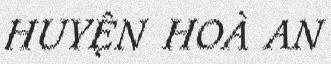
HUYỆN HOÀ AN